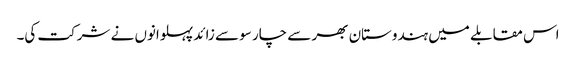
اس مقابلے میں ہندوستان بھر سے چار سو سے زائد پہلوانوں نے شرکت کی۔